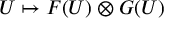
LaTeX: U \mapsto F ( U ) \otimes G ( U )